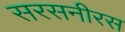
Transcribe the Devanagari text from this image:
सरसनीरस